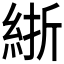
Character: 𬗗